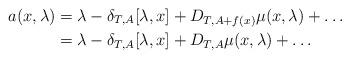
LaTeX: \begin{align*}a(x,\lambda) &= \lambda - \delta_{T,A} [\lambda , x] + D_{T,A+f(x)} \mu(x,\lambda) + \dots \\&= \lambda - \delta_{T,A}[\lambda,x] + D_{T,A} \mu(x,\lambda) + \dots\end{align*}